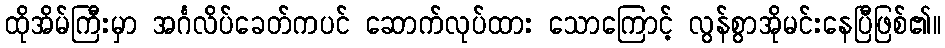
ထိုအိမ်ကြီးမှာ အင်္ဂလိပ်ခေတ်ကပင် ဆောက်လုပ်ထား သောကြောင့် လွန်စွာအိုမင်းနေပြီဖြစ်၏။